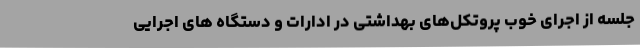
جلسه از اجرای خوب پروتکل‌های بهداشتی در ادارات و دستگاه های اجرایی